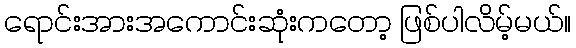
ရောင်းအားအကောင်းဆုံးကတော့ ဖြစ်ပါလိမ့်မယ်။